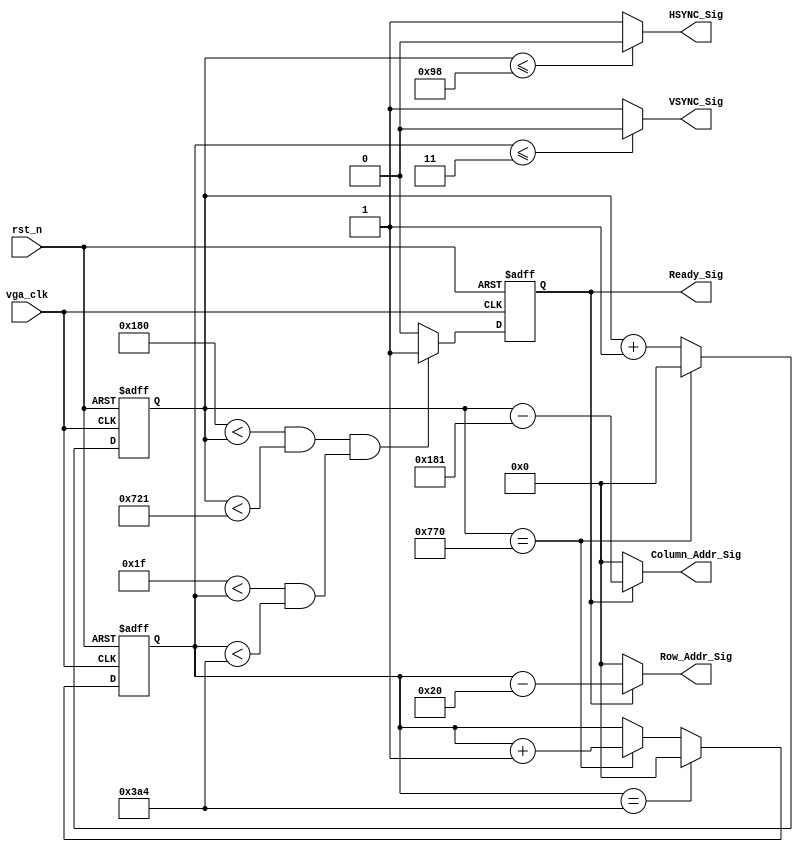

//vga_clk 106.47MHz

module vga_sync_module_1440_900_60(
    vga_clk,
    rst_n,
    VSYNC_Sig,
    HSYNC_Sig,
    Ready_Sig,
    Column_Addr_Sig,
    Row_Addr_Sig
    );
    
    input vga_clk;
    input rst_n;
    
    output VSYNC_Sig;
    output HSYNC_Sig;
    output Ready_Sig;
    
    output [10:0]Column_Addr_Sig;
    output [10:0]Row_Addr_Sig;
    
    parameter X1 = 11'd152;
    parameter X2 = 11'd232;
    parameter X3 = 11'd1440;
    parameter X4 = 11'd80;
    
    parameter Y1 = 11'd3;
    parameter Y2 = 11'd28;
    parameter Y3 = 11'd900;
    parameter Y4 = 11'd1;
    
    parameter H_POINT = (X1 + X2 + X3 + X4);
    parameter V_POINT = (Y1 + Y2 + Y3 + Y4);
    
    
    //
    reg [10:0]Count_H;
    
    always @(posedge vga_clk or negedge rst_n) begin
        if (!rst_n)
            Count_H <= 11'd0;
        else if(Count_H == H_POINT)
            Count_H <= 11'd0;
        else
            Count_H <= Count_H + 1'b1;
    end
    
    // 
    reg [10:0]Count_V;
    
    always @(posedge vga_clk or negedge rst_n) begin
        if (!rst_n)
            Count_V <= 11'd0;
        else if (Count_V == V_POINT)
            Count_V <= 11'd0;
        else if (Count_H == H_POINT)
            Count_V <= Count_V + 1'b1;
    end
    
    // 
    parameter X_L = (X1 + X2);
    parameter X_H = (X1 + X2 + X3 + 1);
    
    parameter Y_L = (Y1 + Y2);
    parameter Y_H = (Y1 + Y2 + Y3 + 1);
    
    reg isReady;
    
    always @(posedge vga_clk or negedge rst_n) begin
        if (!rst_n)
            isReady <= 1'b0;
        else if ((X_L < Count_H && Count_H < X_H) && (Y_L < Count_V && Count_V < Y_H))
            isReady <= 1'b1;
        else
            isReady <= 1'b0;
    end
    
    assign HSYNC_Sig = (Count_H <= X1) ? 1'b0 : 1'b1;
    assign VSYNC_Sig = (Count_V <= Y1) ? 1'b0 : 1'b1;
    assign Ready_Sig = isReady;
    
    // xy 0
    assign Column_Addr_Sig = isReady ? Count_H - (X_L + 11'd1) : 11'd0;
    assign Row_Addr_Sig = isReady ? Count_V - (Y_L + 11'd1) : 11'd0;
    
endmodule